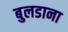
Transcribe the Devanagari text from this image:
बुलडाना